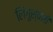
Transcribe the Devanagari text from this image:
लिंगुस्वमी